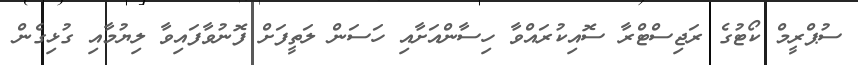
ސުޕްރީމް ކޯޓުގެ ރަޖިސްޓްރާ ސޮއިކުރައްވާ ހިސާންއަށާއި ހަސަން ލަތީފަށް ފޮނުވާފައިވާ ލިޔުމާއި ގުޅިގެން